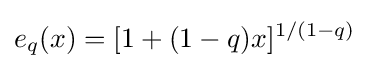
e_{q}(x)=[1+(1-q)x]^{1/(1-q)}